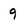
Character: 9